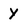
Character: Y